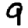
Digit: 9